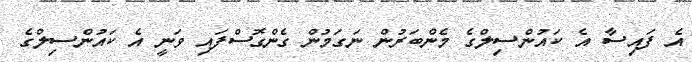
އެ ފައިސާ އެ ކައުންސިލްގެ މެންބަރުން ނަގަމުން ގެންގޮސްފައި ވަނީ އެ ކައުންސިލްގެ